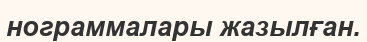
нограммалары жазылған.